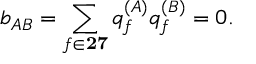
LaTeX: b _ { A B } = \sum _ { f \in { \bf 2 7 } } q _ { f } ^ { ( A ) } q _ { f } ^ { ( B ) } = 0 .